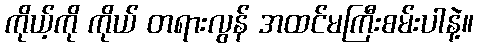
ကိုယ့်ကို ကိုယ် တရားလွန် အထင်မကြီးစမ်းပါနဲ့။